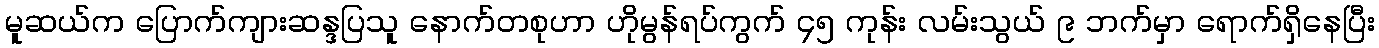
မူဆယ်က ပြောက်ကျားဆန္ဒပြသူ နောက်တစုဟာ ဟိုမွန်ရပ်ကွက် ၄၅ ကုန်း လမ်းသွယ် ၉ ဘက်မှာ ရောက်ရှိနေပြီး